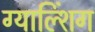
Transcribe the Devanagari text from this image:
ग्याल्शिंग